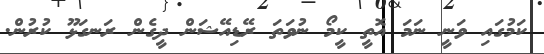
ކަމުގައި ވަނީ ނަމަ އޮތީ ކީމޯ ނުވަތަ ރޭޑިއޭޝަން ދީގެން ރަނގަޅޫ ކުރުން.